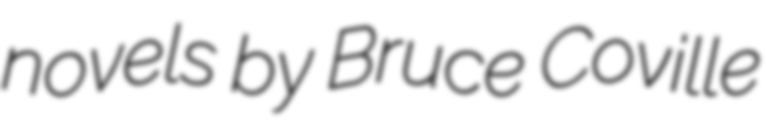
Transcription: novels by Bruce Coville